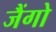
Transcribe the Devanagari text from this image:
जैंगो